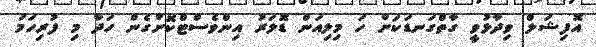
އޮފިޝަލް ވިދާޅުވީ ގާތްގަނޑަކަށް ހަ މިލިއަން ޑޮލަރު އިންވެސްޓްކޮށްގެން ހަދާ މި ފުރިހަމަ